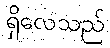
ရှိလေသည်